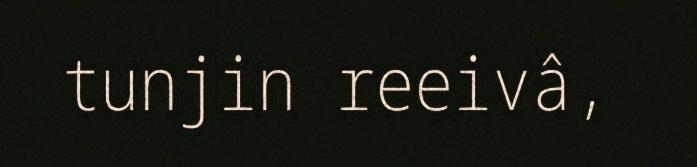
tunjin reeivâ,